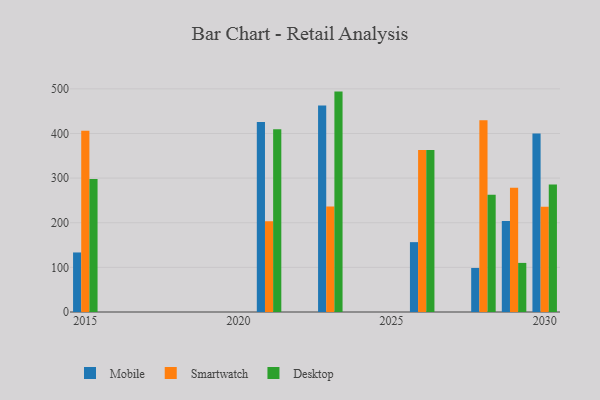
{"axis": {"x": "Year", "y": "Net Income (USD K)"}, "legend": ["Desktop", "Mobile", "Smartwatch"], "data": [{"x": "2029", "y": 203.8, "type": "Mobile"}, {"x": "2029", "y": 278.4, "type": "Smartwatch"}, {"x": "2029", "y": 110.0, "type": "Desktop"}, {"x": "2026", "y": 156.5, "type": "Mobile"}, {"x": "2026", "y": 362.8, "type": "Smartwatch"}, {"x": "2026", "y": 363.0, "type": "Desktop"}, {"x": "2030", "y": 400.1, "type": "Mobile"}, {"x": "2030", "y": 235.6, "type": "Smartwatch"}, {"x": "2030", "y": 285.8, "type": "Desktop"}, {"x": "2028", "y": 98.7, "type": "Mobile"}, {"x": "2028", "y": 429.4, "type": "Smartwatch"}, {"x": "2028", "y": 262.8, "type": "Desktop"}, {"x": "2021", "y": 425.9, "type": "Mobile"}, {"x": "2021", "y": 203.3, "type": "Smartwatch"}, {"x": "2021", "y": 409.2, "type": "Desktop"}, {"x": "2015", "y": 133.4, "type": "Mobile"}, {"x": "2015", "y": 406.1, "type": "Smartwatch"}, {"x": "2015", "y": 298.0, "type": "Desktop"}, {"x": "2023", "y": 462.4, "type": "Mobile"}, {"x": "2023", "y": 236.3, "type": "Smartwatch"}, {"x": "2023", "y": 493.8, "type": "Desktop"}]}